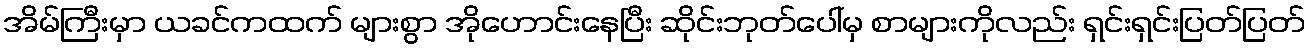
အိမ်ကြီးမှာ ယခင်ကထက် များစွာ အိုဟောင်းနေပြီး ဆိုင်းဘုတ်ပေါ်မှ စာများကိုလည်း ရှင်းရှင်းပြတ်ပြတ်